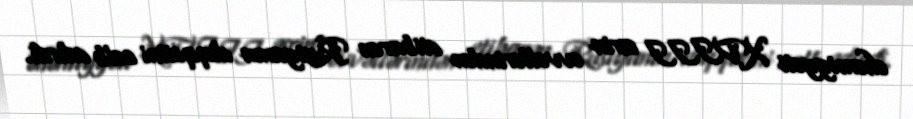
əhəmiyyəti XVIII əsrin əvvəllərindən etibarən Rusiyanın diqqətini cəlb edirdi.